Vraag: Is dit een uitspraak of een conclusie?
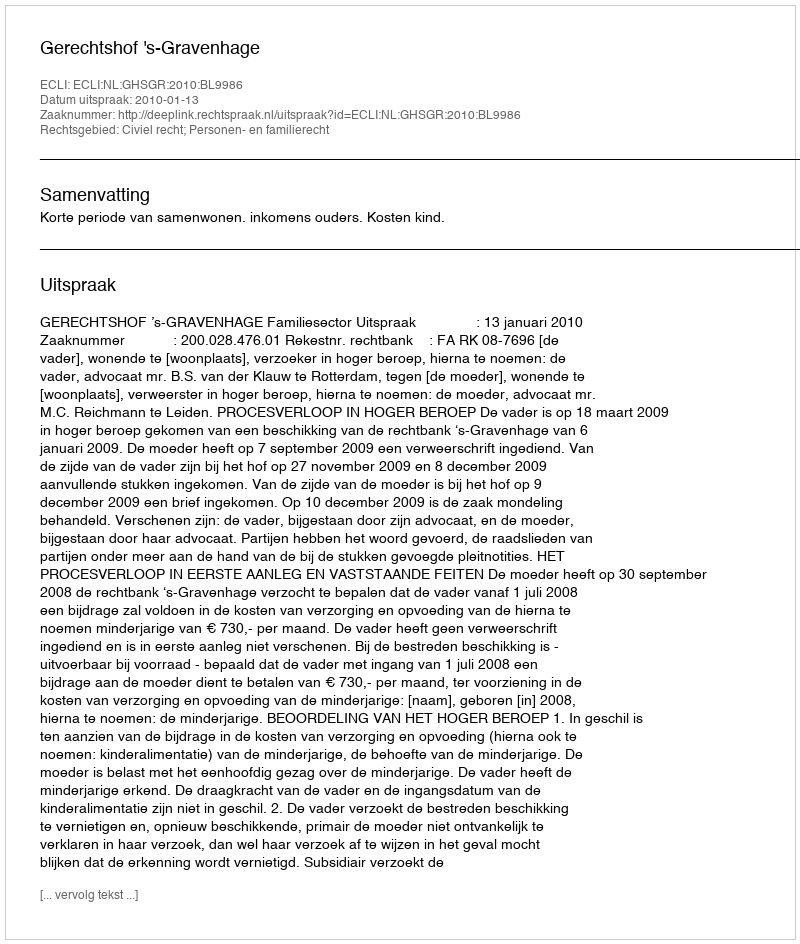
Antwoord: Uitspraak